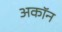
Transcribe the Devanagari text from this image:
अकॉन